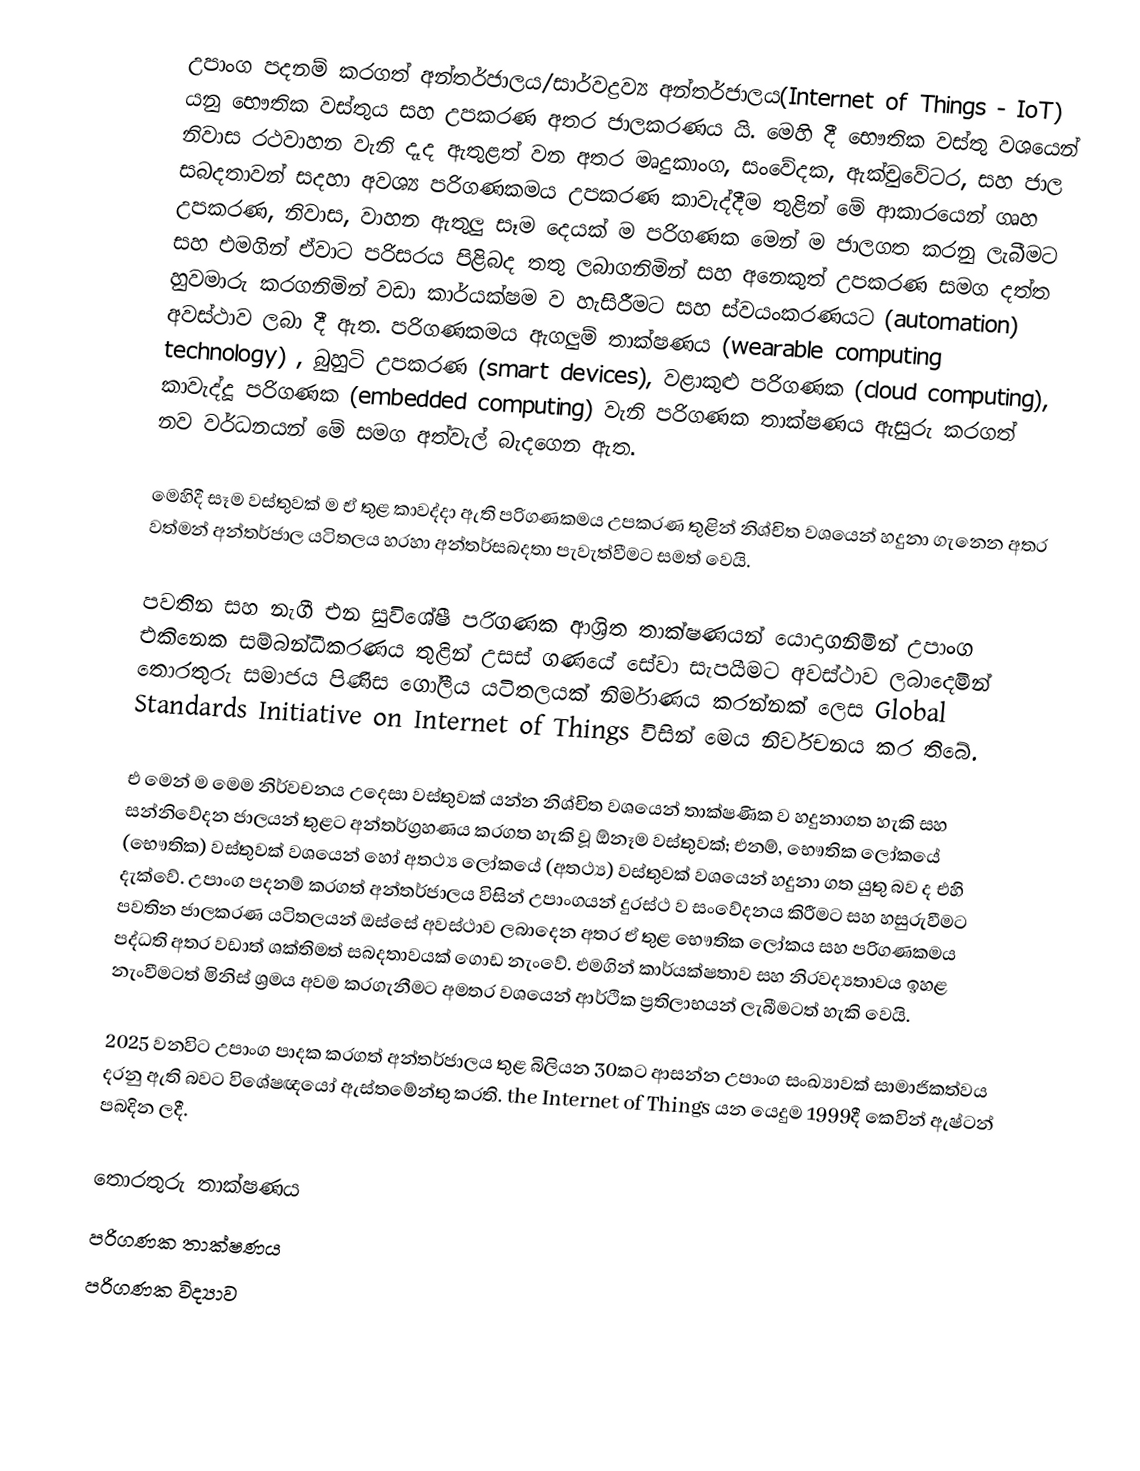
උපාංග පදනම් කරගත් අන්තර්ජාලය/සාර්වද්‍රව්‍ය අන්තර්ජාලය(Internet of Things - IoT) යනු භෞතික වස්තුය සහ උපකරණ අතර ජාලකරණය යි.  මෙහි දී භෞතික වස්තු වශයෙන් නිවාස රථවාහන වැනි දෑද ඇතුළත් වන අතර මෘදුකාංග, සංවේදක, ඇක්චුවේටර, සහ ජාල සබදතාවන් සදහා අවශ්‍ය පරිගණකමය උපකරණ කාවැද්දීම තුළින් මේ ආකාරයෙන් ගෘහ උපකරණ, නිවාස, වාහන ඇතුලු සෑම දෙයක් ම පරිගණක මෙන් ම ජාලගත කරනු ලැබීමට සහ එමගින් ඒවාට පරිසරය පිළිබද තතු ලබාගනිමින් සහ අනෙකුත් උපකරණ සමග දත්ත හුවමාරු කරගනිමින් වඩා කාර්යක්ෂම ව හැසිරීමට සහ ස්වයංකරණයට (automation) අවස්ථාව ලබා දී ඇත. පරිගණකමය ඇගලුම් තාක්ෂණය (wearable computing technology) , බුහුටි උපකරණ (smart devices), වළාකුළු පරිගණක (cloud computing), කාවැද්දූ පරිගණක (embedded computing) වැනි  පරිගණක තාක්ෂණය ඇසුරු කරගත් නව වර්ධනයන් මේ සමග අත්වැල් බැදගෙන ඇත.

මෙහිදී සෑම වස්තුවක් ම ඒ තුළ කාවද්දා ඇති පරිගණකමය උපකරණ තුළින් නිශ්චිත වශයෙන් හදුනා ගැනෙන අතර වත්මන් අන්තර්ජාල යටිතලය හරහා අන්තර්සබදතා පැවැත්වීමට සමත් වෙයි.

පවතින සහ නැගී එන සුවිශේෂී පරිගණක ආශ්‍රිත තාක්ෂණයන් යොදාගනිමින් උපාංග එකිනෙක සම්බන්ධීකරණය තුළින් උසස් ගණයේ සේවා සැපයීමට අවස්ථාව ලබාදෙමින් තොරතුරු සමාජය පිණිස ගෝලීය යටිතලයක් නිර්මාණය කරන්නක් ලෙස  Global Standards Initiative on Internet of Things විසින් මෙය නිර්වචනය කර තිබේ.

එ මෙන් ම මෙම නිර්වචනය උදෙසා වස්තුවක් යන්න නිශ්චිත වශයෙන් තාක්ෂණික ව හදුනාගත හැකි සහ සන්නිවේදන ජාලයන් තුළට අන්තර්ග්‍රහණය කරගත හැකි වූ ඕනෑම වස්තුවක්; එනම්, භෞතික ලෝකයේ (භෞතික) වස්තුවක් වශයෙන් හෝ අතථ්‍ය  ලෝකයේ (අතථ්‍ය) වස්තුවක් වශයෙන් හදුනා ගත යුතු බව ද එහි දැක්වේ.  උපාංග පදනම් කරගත් අන්තර්ජාලය විසින් උපාංගයන් දුරස්ථ ව සංවේදනය කිරීමට සහ හසුරුවීමට පවතින ජාලකරණ යටිතලයන් ඔස්සේ අවස්ථාව ලබාදෙන අතර ඒ තුළ භෞතික ලෝකය සහ පරිගණකමය පද්ධති අතර වඩාත් ශක්තිමත් සබදතාවයක් ගොඩ නැංවේ. එමගින් කාර්යක්ෂතාව සහ නිරවද්‍යතාවය ඉහළ නැංවීමටත් මිනිස් ශ්‍රමය අවම කරගැනීමට අමතර වශයෙන් ආර්ථික ප්‍රතිලාභයන් ලැබීමටත් හැකි වෙයි.

2025 වනවිට උපාංග පාදක කරගත් අන්තර්ජාලය තුළ බිලියන 30කට ආසන්න උපාංග සංඛ්‍යාවක් සාමාජිකත්වය දරනු ඇති බවට විශේෂඥයෝ ඇස්තමේන්තු කරති. the Internet of Things යන යෙදුම 1999දී කෙවින් ඇෂ්ටන් පබදින ලදී.

තොරතුරු තාක්ෂණය
පරිගණක තාක්ෂණය
පරිගණක විද්‍යාව